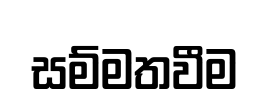
සම්මතවීම